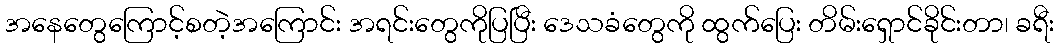
အနေတွေကြောင့်စတဲ့အကြောင်း အရင်းတွေကိုပြပြီး ဒေသခံတွေကို ထွက်ပြေး တိမ်းရှောင်ခိုင်းတာ၊ ခရီး